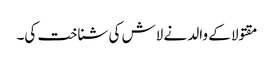
مقتولا کے والد نے لاش کی شناخت کی۔